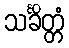
သင်္ခိတ္တံ